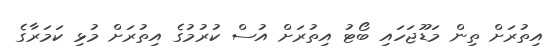
އިތުރަށް ތިން މަޑޫޖަހައި ބޯޓު އިތުރަށް އުސް ކުރުމުގެ އިތުރަށް މުޅި ކަމަރާގެ